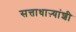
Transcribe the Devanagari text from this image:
सत्ताधाऱ्यांशी